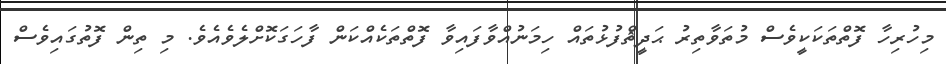
މިހުރިހާ ފޮތްތަކަކީވެސް މުތަވާތިރު ޙަދީޘްފުޅުތައް ހިމަނުއްވާފައިވާ ފޮތްތަކެއްކަން ފާހަގަކޮށްލެވެއެވެ. މި ތިން ފޮތުގައިވެސް